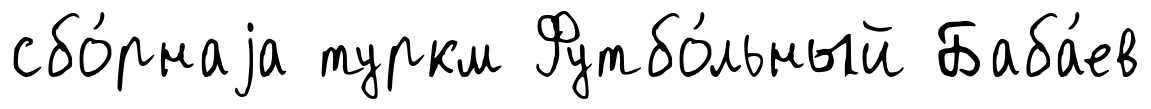
сбо́рнаjа туркм Футбо́льный Баба́ев